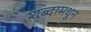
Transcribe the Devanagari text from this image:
शब्दामधून